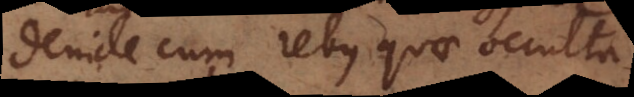
Deinde cum rebus quae occulta